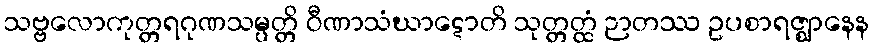
သဗ္ဗလောကုတ္တရဂုဏသမ္ပတ္တိ ဝီဏာသံဃာဋောတိ သုတ္တတ္ထံ ဉာတဿ ဥပစာရဇ္ဈာနေန